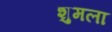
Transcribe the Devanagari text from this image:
शुमला